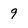
Character: 9